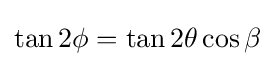
\tan 2\phi =\tan 2\theta \cos \beta